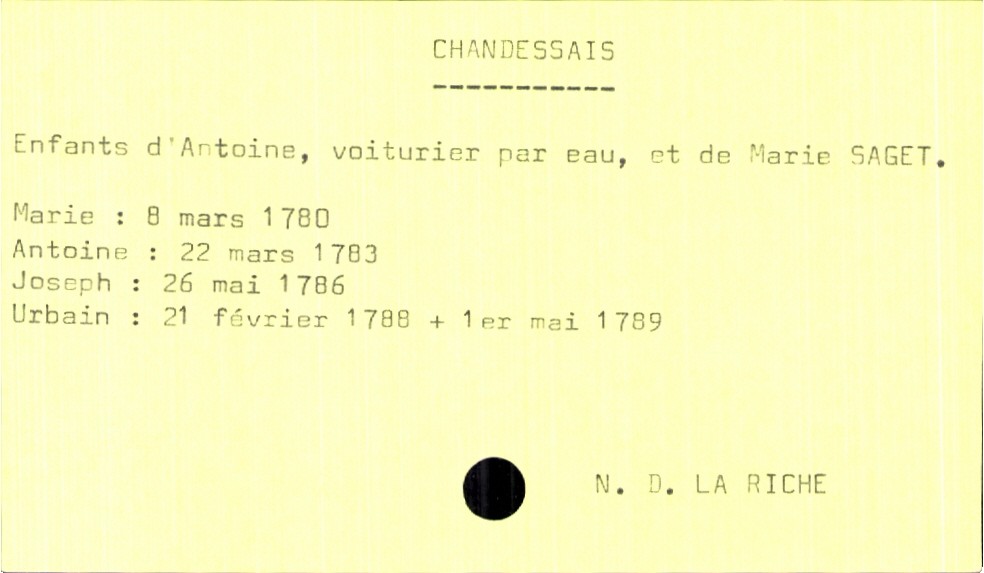
type_acte: Baptême
filiation: fils
enfant_prénom: Urbain
enfant_date_de_naissance: 21 février 1788
enfant_lieu_de_naissance: Notre Dame La Riche
enfant_date_de_décès: 1er mai 1789
enfant_lieu_de_décès: Notre Dame La Riche
père_enfant_nom: Chandessais
père_enfant_prénom: Antoine
père_enfant_profession: voiturier par eau
mère_enfant_nom: Saget
mère_enfant_prénom: Marie